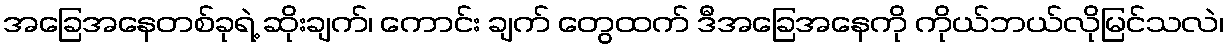
အခြေအနေတစ်ခုရဲ့ ဆိုးချက်၊ ကောင်း ချက် တွေထက် ဒီအခြေအနေကို ကိုယ်ဘယ်လိုမြင်သလဲ၊